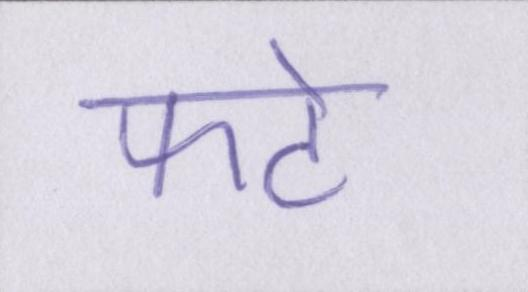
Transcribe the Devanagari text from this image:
फटे